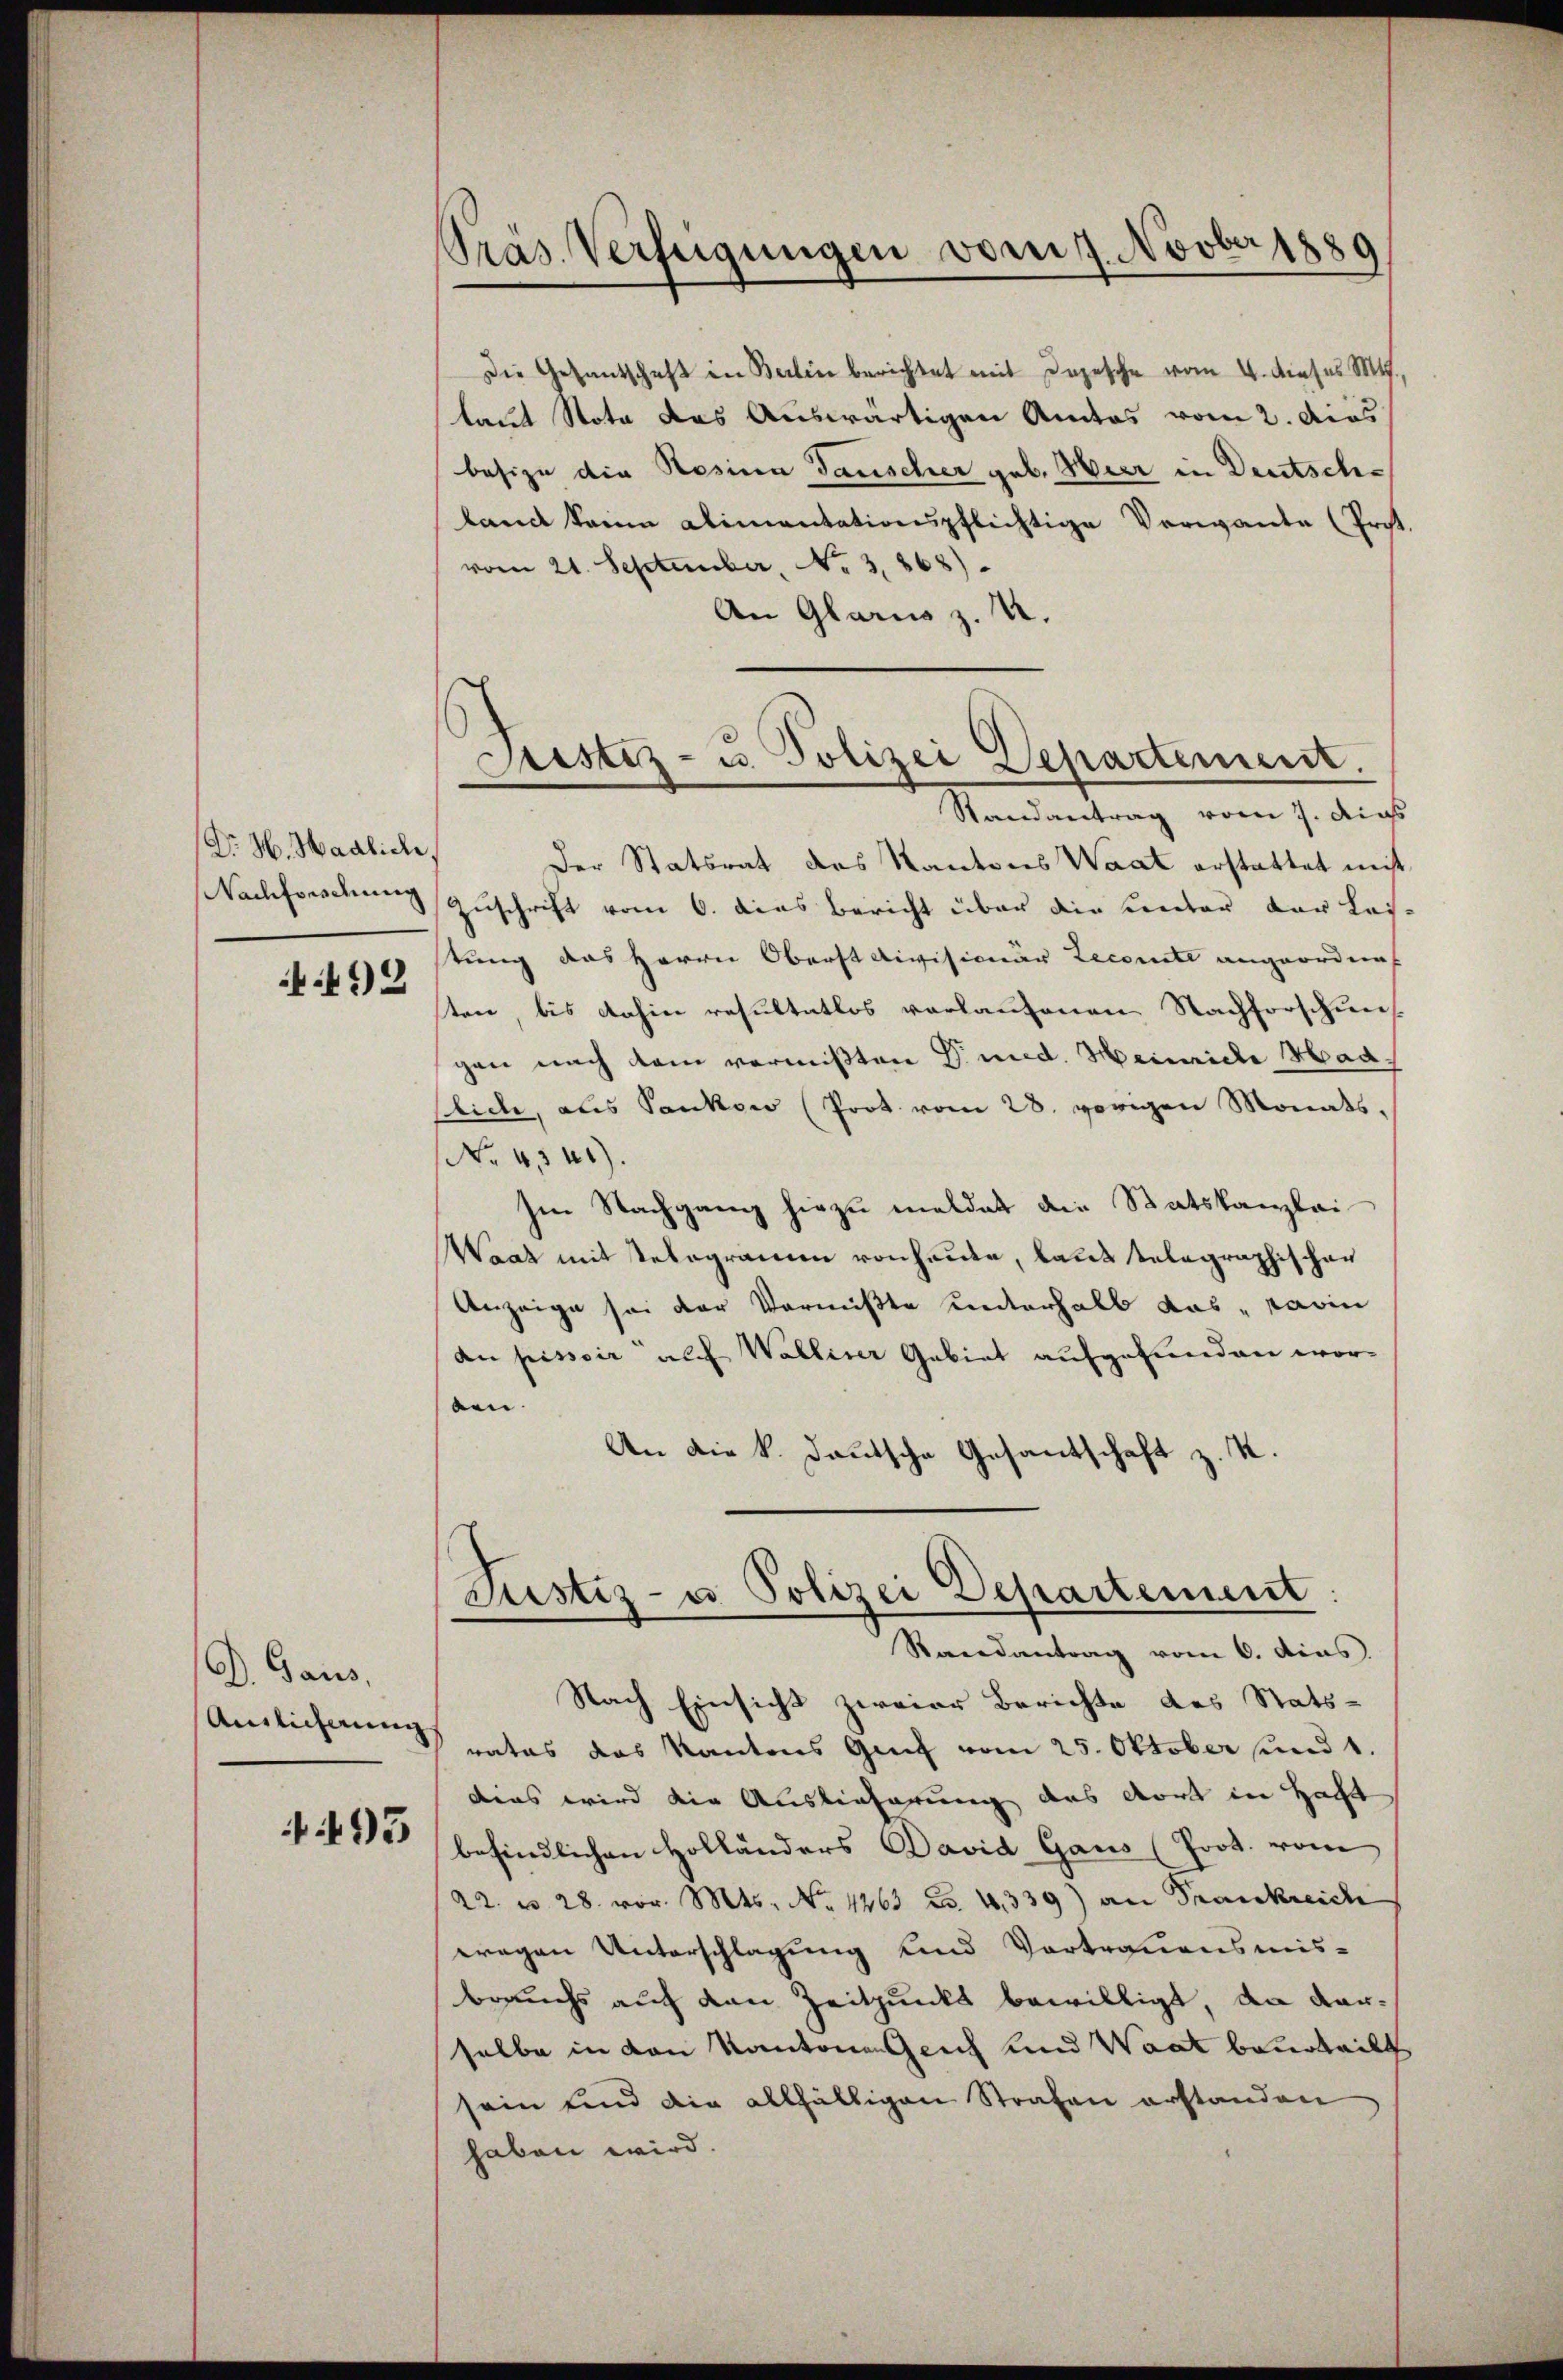
Dr. H. Hadliche,
Nachforschung
4.492

D. Gaus.
Ainlicherung

495

Präs. Verfügungen vom 7. Novber 1889

Justiz- u. Polizei Departement.
Randantrag vom 7. dies

Die Gesandschaft in Balin berichtet mit Dojesche vom 4. dieses M.
laut Nota das Auswärtigen Amtos vom 2. dies
besize die Rosina Tauscher geb. Hier in Deutschland kann alimentationspflichtige Verwande (Prot.
vom 21. September, No. 3.868).
An Glarus z. B.
Der Statsrat des Kantons Waat erstattet mit
Zuschrift vom 6. das Bericht über die Centor der Lasstung das Herrn Oberst divisionär Leconte angeordnet
ten, bis dahin resultatlos verlaufenen Nachforschun
gen nach dem vermißten P. med. Heinriche Haablich, aus Sankon (Prot. vom 28. vorigen Monats.
No. 4341).
Im Nachgang hiezu meldet die Statskanzlei
Waat mit Telegramm von heide, laut telegraphischen
Anzeige sei der Vermißte unterhalb das darin
an pissoir auf Walliser Gebiet aufgefunden worben.
An die k. deutsche Gesantschaft z. K.
Justiz- u Polizei Departement
Randantrag vom 6. dies
Nach Einsicht zweier Berichte des Stats-
rates das Kantons Genf vom 25. Oktober und 1.
dies wird die Auslieferung das dort in Haft
befindlichen Holländers David Gaus (Prot. vom
22 n 28. vor. Mts. No 1263 No. 4339) an Frankreich
wegen Unterschlagung und Vortrauensmis-
brauchs auch den Zeitpunkt bewilligt, da darselbe in den Kantonengleich und Waat beurteilt
sein und die allfälligen Strafen erstanden
haben wird.